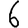
Digit: 6